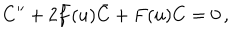
C ^ { \prime \prime } + 2 \bar { f } ( u ) \bar { C } + F ( u ) C = 0 \, ,